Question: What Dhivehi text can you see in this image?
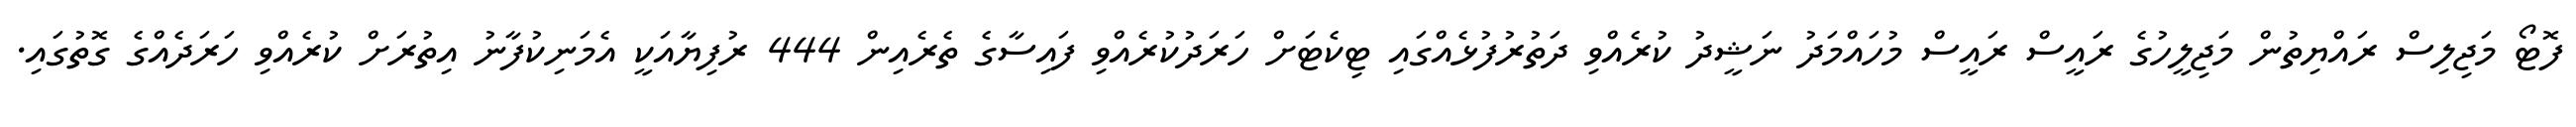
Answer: ފޮޓޯ މަޖިލިސް ރައްޔިތުން މަޖިލީހުގެ ރައީސް ރައީސް މުހައްމަދު ނަޝީދު ކުރެއްވި ދަތުރުފުޅެއްގައި ޓިކެޓަށް ހަރަދުކުރެއްވި ފައިސާގެ ތެރެއިން 444 ރުފިޔާއަކީ އެމަނިކުފާނު އިތުރަށް ކުރެއްވި ހަރަދެއްގެ ގޮތުގައި.